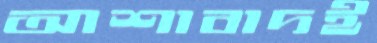
আশাবাদই